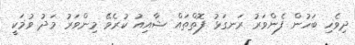
ދިވެހި ބަހުން ފެންވަރު ރަނގަޅު ފޮތްތައް ޝާއިއު ކުރެވޭ މިންވަރު މަދު ވުމަކީ